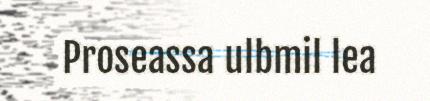
Proseassa ulbmil lea